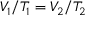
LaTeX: V _ { 1 } / T _ { 1 } = V _ { 2 } / T _ { 2 }